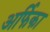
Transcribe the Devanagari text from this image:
अर्फिका